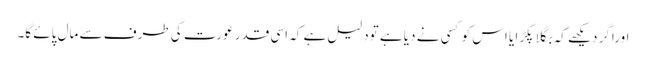
اوراگر دیکھے کہ بگلا پکڑا یا اس کو کسی نے دیا ہے تودلیل ہے کہ اسی قدر عورت کی طرف سے مال پائے گا۔